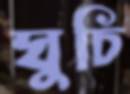
ঘুচি